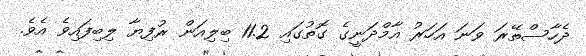
ދެހާސްތޭރަ ވަނަ އަހަރު އާމްދަނީގެ ގޮތުގައި 11.2 ބިލިއަން ރުފިޔާ ލިބިފައިވެ އެވެ.